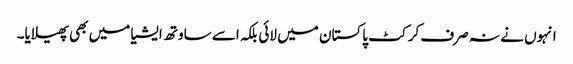
انہوں نے نہ صرف کرکٹ پاکستان میں لائی بلکہ اسے ساوتھ ایشیا میں بھی پھیلایا۔